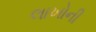
લાખોની